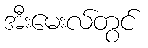
အီးမေးလ်တွင်